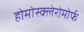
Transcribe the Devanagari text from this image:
होमोस्क्लेरोमोर्फ